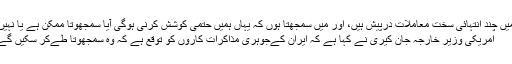
ہمیں چند انتہائی سخت معاملات درپیش ہیں، اور میں سمجھتا ہوں کہ یہاں ہمیں حتمی کوشش کرنی ہوگی آیا سمجھوتا ممکن ہے یا نہیں‘
امریکی وزیر خارجہ جان کیری نے کہا ہے کہ ایران کےجوہری مذاکرات کاروں کو توقع ہے کہ وہ سمجھوتا طےکر سکیں گے۔